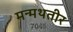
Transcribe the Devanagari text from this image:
मन्मथतीर